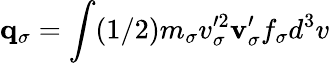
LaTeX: {\mathbf q}_{\sigma}=\int(1/2)m_{\sigma}v_{\sigma}^{\prime 2}{\mathbf v}_{\sigma}^{\prime}f_{\sigma}d^{3}v